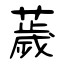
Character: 薉